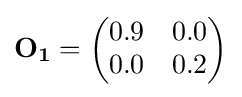
\mathbf {O_{1}} ={\begin{pmatrix}0.9&0.0\\0.0&0.2\end{pmatrix}}